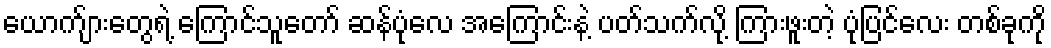
ယောက်ျားတွေရဲ့ ကြောင်သူတော် ဆန်ပုံလေ အကြောင်းနဲ့ ပတ်သက်လို့ ကြားဖူးတဲ့ ပုံပြင်လေး တစ်ခုကို